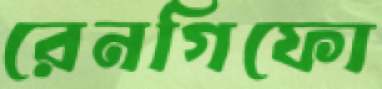
রেনগিফো